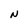
Character: n